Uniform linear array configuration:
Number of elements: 8
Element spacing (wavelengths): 0.25
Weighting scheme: hann
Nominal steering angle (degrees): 0
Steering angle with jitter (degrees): -0.5568
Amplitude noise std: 0.05
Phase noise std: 0.05

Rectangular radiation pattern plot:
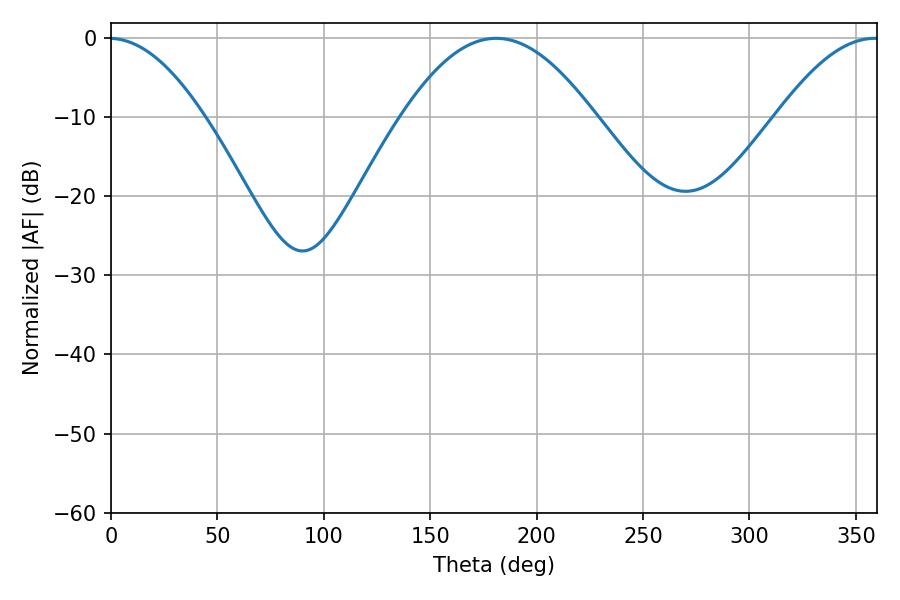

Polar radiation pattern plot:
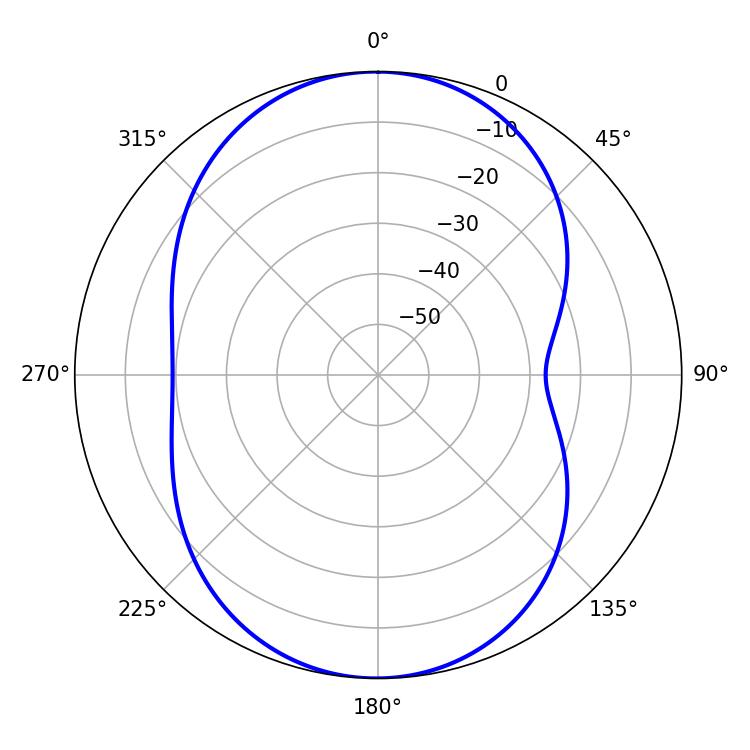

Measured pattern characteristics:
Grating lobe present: FALSE
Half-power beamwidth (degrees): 49.32
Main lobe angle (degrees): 181.08